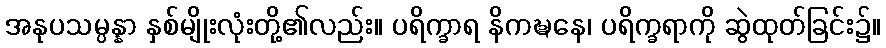
အနုပသမ္ပန္နာ နှစ်မျိုးလုံးတို့၏လည်း။ ပရိက္ခာရ နိကဍ္ဎနေ၊ ပရိက္ခရာကို ဆွဲထုတ်ခြင်း၌။